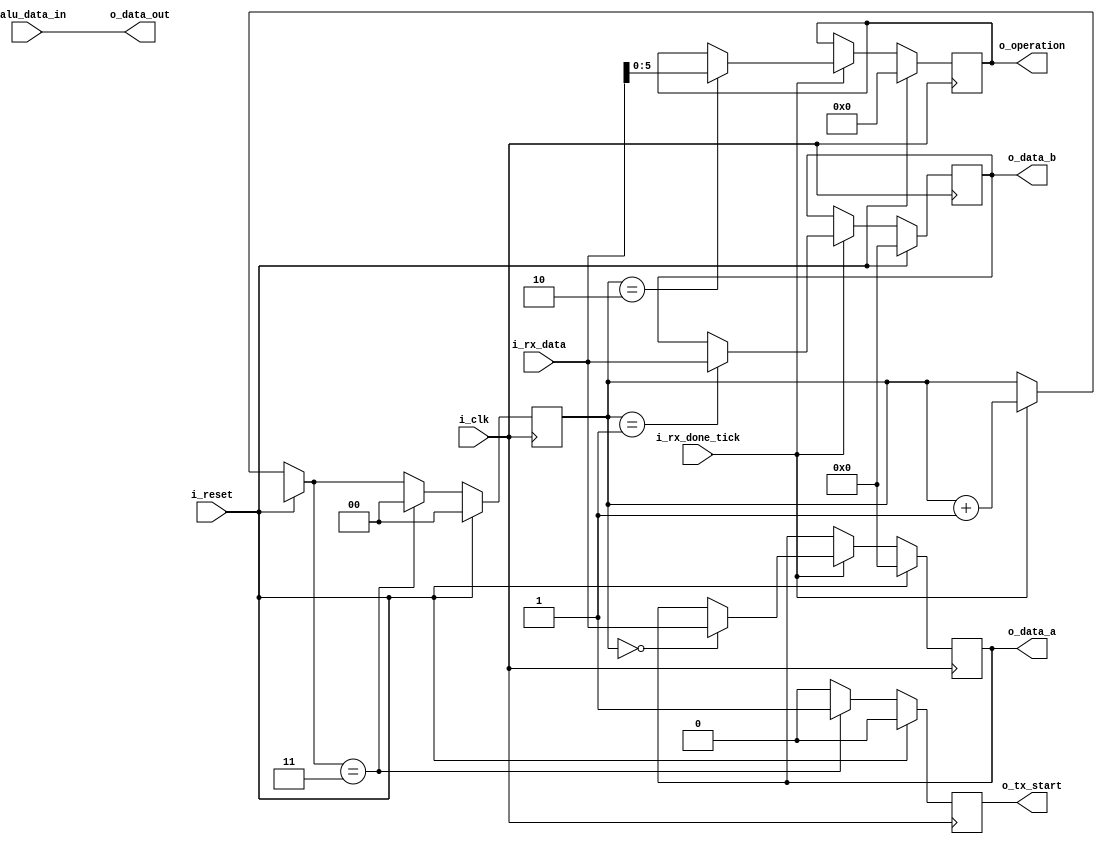
`timescale 1ns / 1ps

module interface_circuit
#(
	parameter  DBIT  = 8,  // buffer bits
	           NB_OP = 6   // Operation bits
	            
) 
(   //INPUT
	input                     i_clk,
 	input                     i_reset,
 	input                     i_rx_done_tick,
 	input      [DBIT-1:0]     i_rx_data,
 	input      [DBIT-1:0]     i_alu_data_in,
    //OUTPUT
	output reg [DBIT-1 : 0]   o_data_a,
	output reg [DBIT-1 : 0]   o_data_b,
	output reg [NB_OP-1 : 0]  o_operation,
 	output reg                o_tx_start,
 	output     [DBIT-1:0]     o_data_out 
);
	
	assign o_data_out = i_alu_data_in;
	
	reg [1 : 0] counter_in = 2'b00;
	
	
	always @(posedge i_clk) 
	begin
        if (i_reset)  begin 
            o_data_a      <= 0;
            o_data_b      <= 0;
            o_operation   <= 0;
            counter_in    <= 0;
            o_tx_start    <= 1'b0;
        end 
        else begin
            if (i_rx_done_tick) begin
                case (counter_in)
                    2'b 00: o_data_a     = i_rx_data;
                    2'b 01: o_data_b     = i_rx_data;
                    2'b 10: o_operation  = i_rx_data;
                endcase		
                counter_in = counter_in + 1'b1;		
            end
            if (counter_in == 2'b11) begin //Si el contador llega a 11 vuelve al estado inicial i.e counter_in = 0 
                counter_in = 0;	
                o_tx_start   = 1'b1;
            end else begin
                o_tx_start = 1'b0;
            end
        end
	end
endmodule